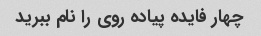
چهار فایده پیاده روی را نام ببرید